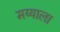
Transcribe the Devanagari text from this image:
मय्याला